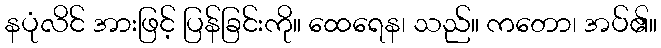
နပုံလိင် အားဖြင့် ပြန်ခြင်းကို။ ထေရေန၊ သည်။ ကတော၊ အပ်၏။